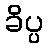
ခိပ္ပ